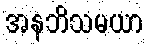
အနဘိသမယာ